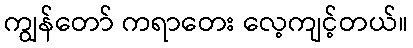
ကျွန်တော် ကရာတေး လေ့ကျင့်တယ်။